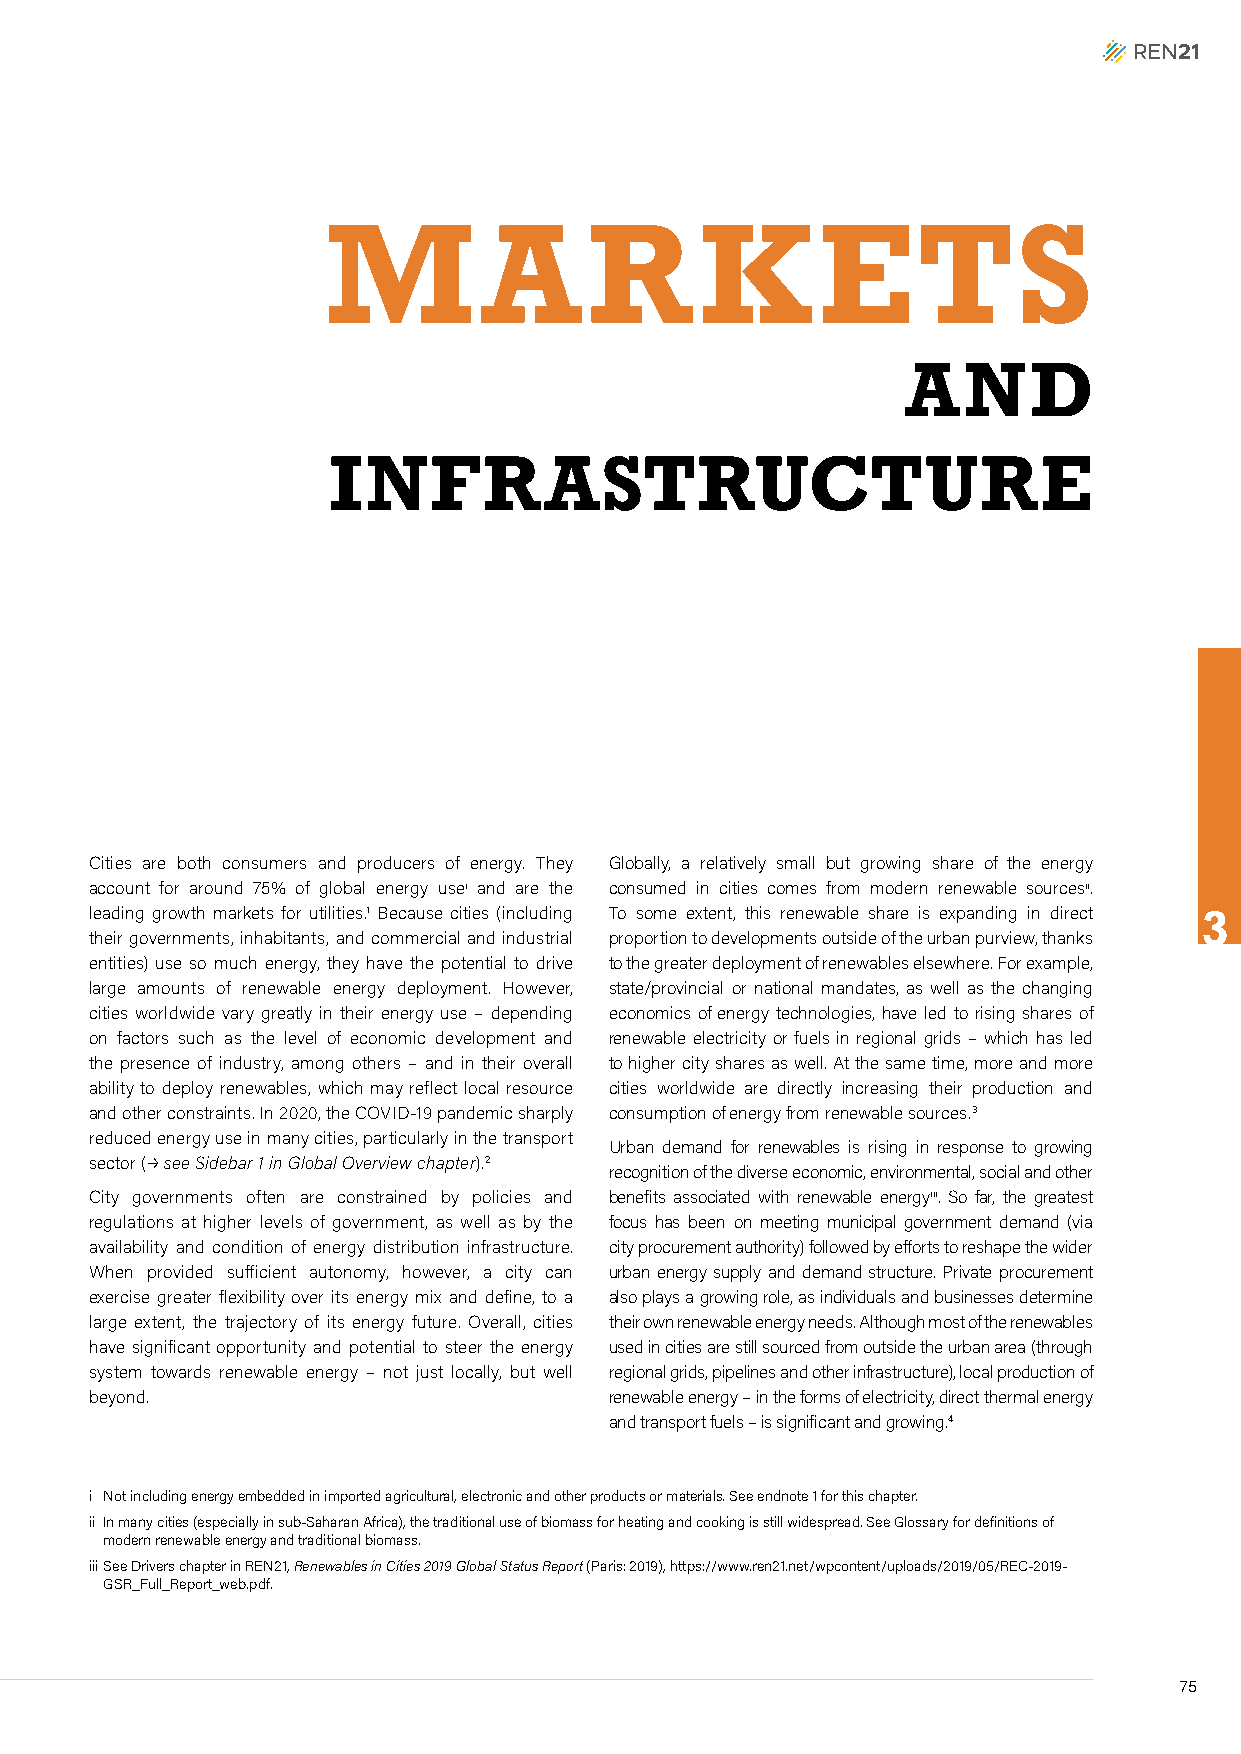
M         A      R      KETS
 AND
 INFRASTRUCTURE
 Cities are both consumers and producers of energy. They Globally, a relatively small but growing share of the energy
 account for around 75% of global energy usei and are the consumed in cities comes from modern renewable sourcesii.
 leading growth markets for utilities.1 Because cities (including To some extent, this renewable share is expanding in direct 3
 their governments, inhabitants, and commercial and industrial proportion to developments outside of the urban purview, thanks
 entities) use so much energy, they have the potential to drive to the greater deployment of renewables elsewhere. For example,
 large amounts of renewable energy deployment. However, state/provincial or national mandates, as well as the changing
 cities worldwide vary greatly in their energy use – depending economics of energy technologies, have led to rising shares of
 on factors such as the level of economic development and renewable electricity or fuels in regional grids – which has led
 the presence of industry, among others – and in their overall to higher city shares as well. At the same time, more and more
 ability to deploy renewables, which may reflect local resource cities worldwide are directly increasing their production and
 and other constraints. In 2020, the COVID-19 pandemic sharply consumption of energy from renewable sources.3
 reduced energy use in many cities, particularly in the transport
 Urban demand for renewables is rising in response to growing
 sector (p see Sidebar 1 in Global Overview chapter).2
 recognition of the diverse economic, environmental, social and other
 City governments often are constrained by policies and benefits associated with renewable energyiii. So far, the greatest
 regulations at higher levels of government, as well as by the focus has been on meeting municipal government demand (via
 availability and condition of energy distribution infrastructure. city procurement authority) followed by efforts to reshape the wider
 When provided sufficient autonomy, however, a city can urban energy supply and demand structure. Private procurement
 exercise greater flexibility over its energy mix and define, to a also plays a growing role, as individuals and businesses determine
 large extent, the trajectory of its energy future. Overall, cities their own renewable energy needs. Although most of the renewables
 have significant opportunity and potential to steer the energy used in cities are still sourced from outside the urban area (through
 system towards renewable energy – not just locally, but well regional grids, pipelines and other infrastructure), local production of
 beyond.                           renewable energy – in the forms of electricity, direct thermal energy
 and transport fuels – is significant and growing.4
 i Not including energy embedded in imported agricultural, electronic and other products or materials. See endnote 1 for this chapter.
 ii In many cities (especially in sub-Saharan Africa), the traditional use of biomass for heating and cooking is still widespread. See Glossary for definitions of
 modern renewable energy and traditional biomass.
 iii See Drivers chapter in REN21, Renewables in Cities 2019 Global Status Report (Paris: 2019), https://www.ren21.net/wpcontent/uploads/2019/05/REC-2019-
 GSR_Full_Report_web.pdf.
 75